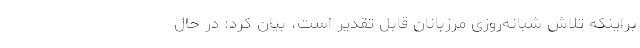
براینکه تلاش شبانه‌روزی مرزبانان قابل تقدیر است، بیان کرد: در حال